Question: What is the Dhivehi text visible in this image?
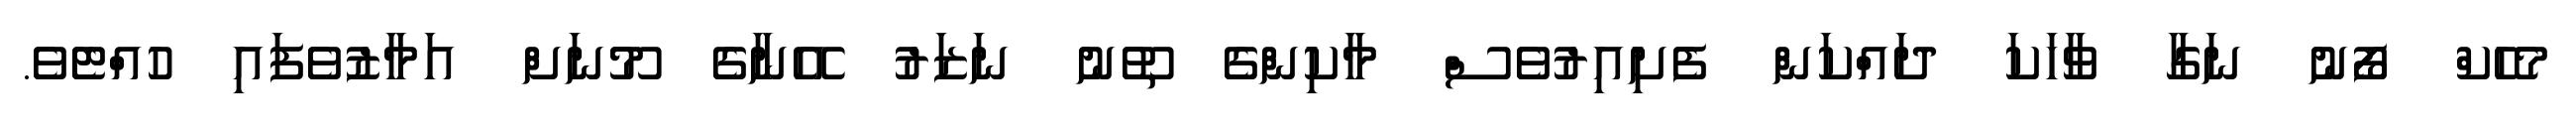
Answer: މެހެކް ފޯނު ނަގާ ވާހަކަ ދައްކަން ފެށިއިރުވެސް މާކިންގެ ތޫނު ނަޒަރު އޭނާގެ މޫނަށް އަމާޒުވެފައި ހުއްޓެވެ.